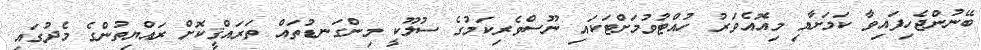
ބޭނުންޖެހިފައިވާ ކަމަށާއި މިއޮއެވަރު ހުއްޓުވުމަށްޓަކައި ނޫސްވެރިކަމުގެ ސުލޫކީ މިންގަނޑުތައް ތަރައްޤީކޮށް ރައްޔިތުންގެ މެދުގައި